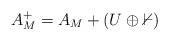
LaTeX: \begin{align*}A^+_M=A_M+(U\oplus \mathbb{0})\end{align*}